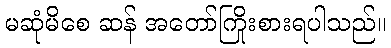
မဆုံမိစေ ဆန် အတော်ကြိုးစားရပါသည်။